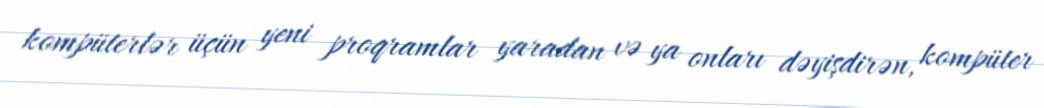
kompüterlər üçün yeni proqramlar yaradan və ya onları dəyişdirən, kompüter